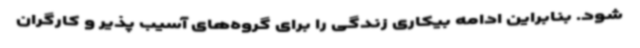
شود. بنابراین ادامه بیکاری زندگی را برای گروه‌های آسیب پذیر و کارگران